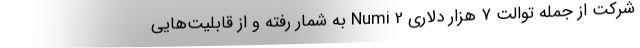
شرکت از جمله توالت ۷ هزار دلاری Numi 2 به شمار رفته و از قابلیت‌هایی